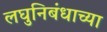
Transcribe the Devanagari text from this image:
लघुनिबंधाच्या